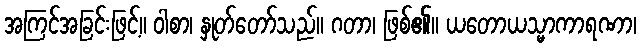
အကြင်အခြင်းဖြင့်။ ဝါစာ၊ နှုတ်တော်သည်။ ဂတာ၊ ဖြစ်၏။ ယတောယသ္မာကာရဏာ၊